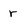
Character: r